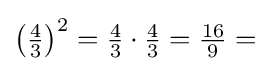
\left({\tfrac {4}{3}}\right)^{2}={\tfrac {4}{3}}\cdot {\tfrac {4}{3}}={\tfrac {16}{9}}=